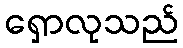
ရှောလုသည်